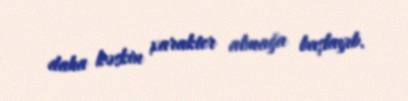
daha kəskin xarakter almağa başlayıb.